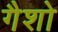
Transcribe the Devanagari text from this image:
गैशो